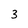
Character: 3